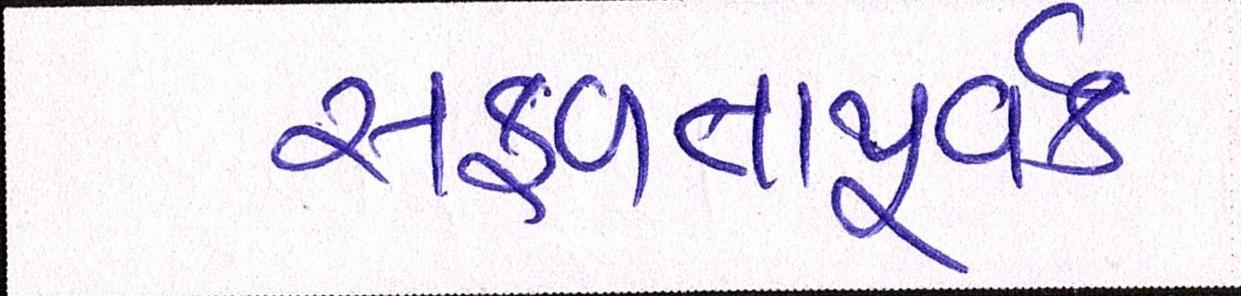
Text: સફળતાપૂર્વક